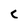
Character: c